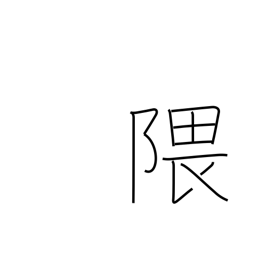
Meaning: recess